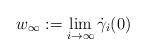
LaTeX: \begin{align*}w_\infty:=\lim_{i\to\infty}\dot\gamma_i(0)\end{align*}